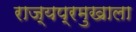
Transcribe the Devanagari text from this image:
राज्यप्रमुखाला